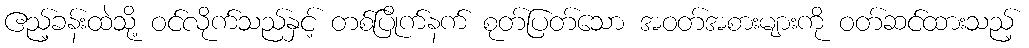
ဧည့်ခန်းထဲသို့ ဝင်လိုက်သည်နှင့် တစ်ပြိုက်နက် စုတ်ပြတ်သော အဝတ်အစားများကို ဝတ်ဆင်ထားသည့်